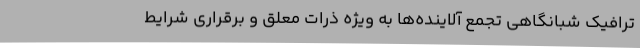
ترافیک شبانگاهی تجمع آلاینده‌ها به ویژه ذرات معلق و برقراری شرایط